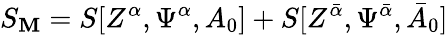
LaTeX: S_{\mathbf{M}}=S[Z^{\alpha},\Psi^{\alpha},A_{0}]+S[Z^{{\bar{{\alpha}}}},\Psi^{{\bar{{\alpha}}}},{\bar{{A}}}_{0}]